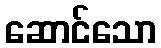
ဆောင်သော